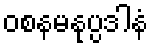
ဝစနမနုပ္ပဒါနံ